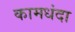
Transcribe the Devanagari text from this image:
कामधंदा